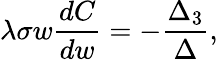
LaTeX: \lambda\sigma w\frac{dC}{dw}=-\frac{\Delta_{3}}{\Delta},